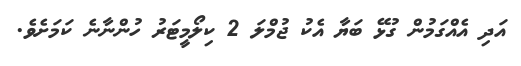
އަދި އެއްގަމުން ގުޅޭ ބަޔާ އެކު ޖުމްލަ 2 ކިލޯމީޓަރު ހުންނާނެ ކަމަށެވެ.